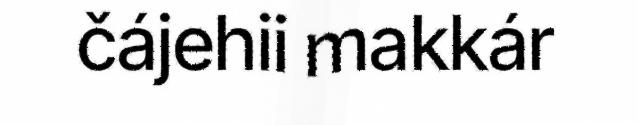
čájehii makkár